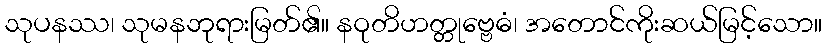
သုပနဿ၊ သုမနဘုရားမြတ်၏။ နဝုတိဟတ္တုဗ္ဗေဓံ၊ အတောင်ကိုးဆယ်မြင့်သော။